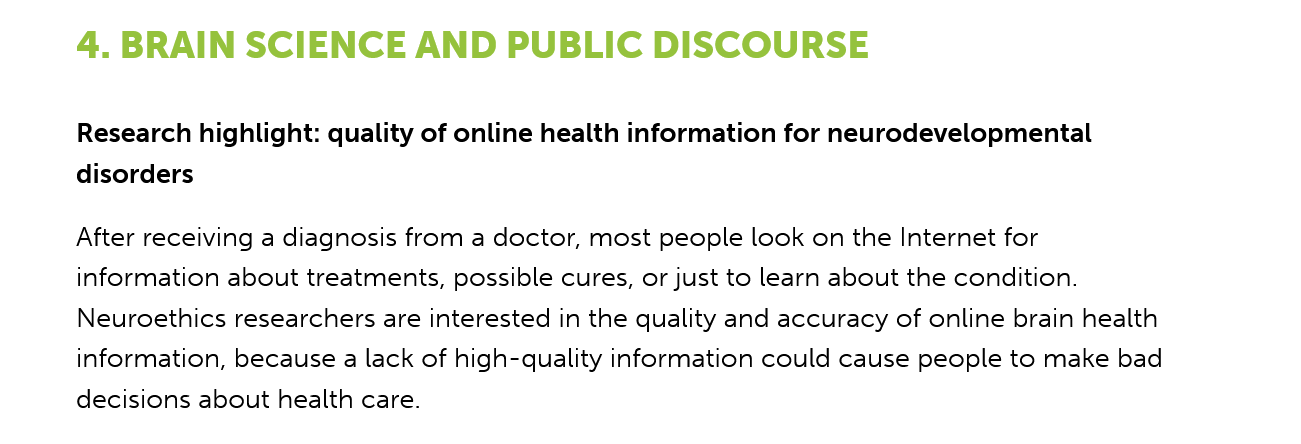
4. BRAIN    SCIENCE    AND    PUBLIC    DISCOURSE
     Research highlight: quality of online health information for neurodevelopmental
     disorders
     After receiving a diagnosis from a doctor, most people look on the Internet for
     information about treatments, possible cures, or just to learn about the condition.
     Neuroethics researchers are interested in the quality and accuracy of online brain health
     information, because a lack of high-quality information could cause people to make bad
     decisions about health care.